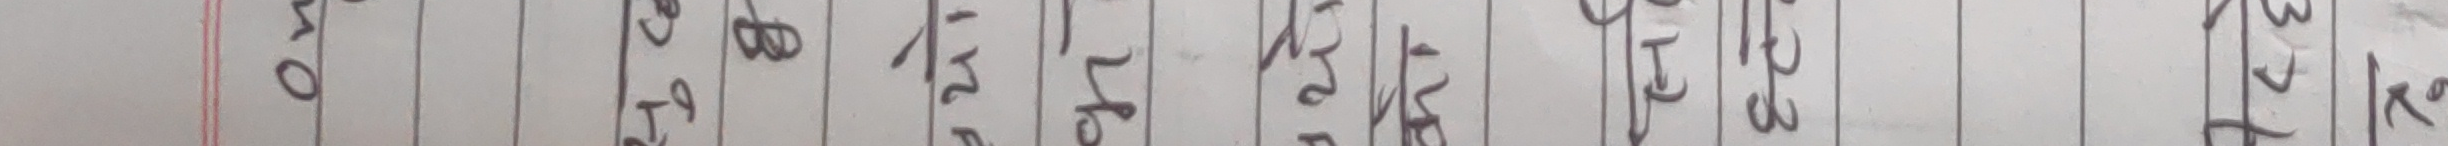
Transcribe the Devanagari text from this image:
ओ २७९, वर्ष २४। वैदेशिक